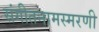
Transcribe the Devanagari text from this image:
संगीतनामस्मरणी